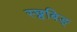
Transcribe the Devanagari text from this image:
स्छ्वबिङ्